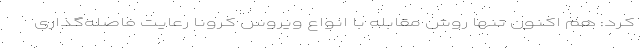
کرد: هم اکنون تنها روش مقابله با انواع ویروس کرونا رعایت فاصله‌گذاری